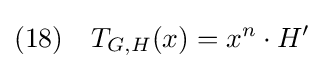
(18)\quad T_{G,H}(x)=x^{n}\cdot H'